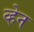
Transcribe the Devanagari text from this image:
व्‍हेन